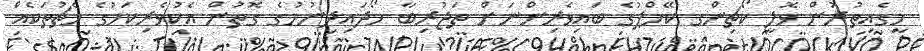
މީގެއިތުރުން ވޮލީ ކޯޗިންގ ކޭމްޕުގެ ބައިވެރިންނަށް ތަޖުރިބާ ހޯދައިދިނުމުގެ ގޮތުން އެކުވެރިކަމުގެ މެޗުތަކެއް